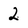
Character: 2